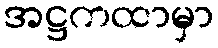
အဋ္ဌကထာမှာ